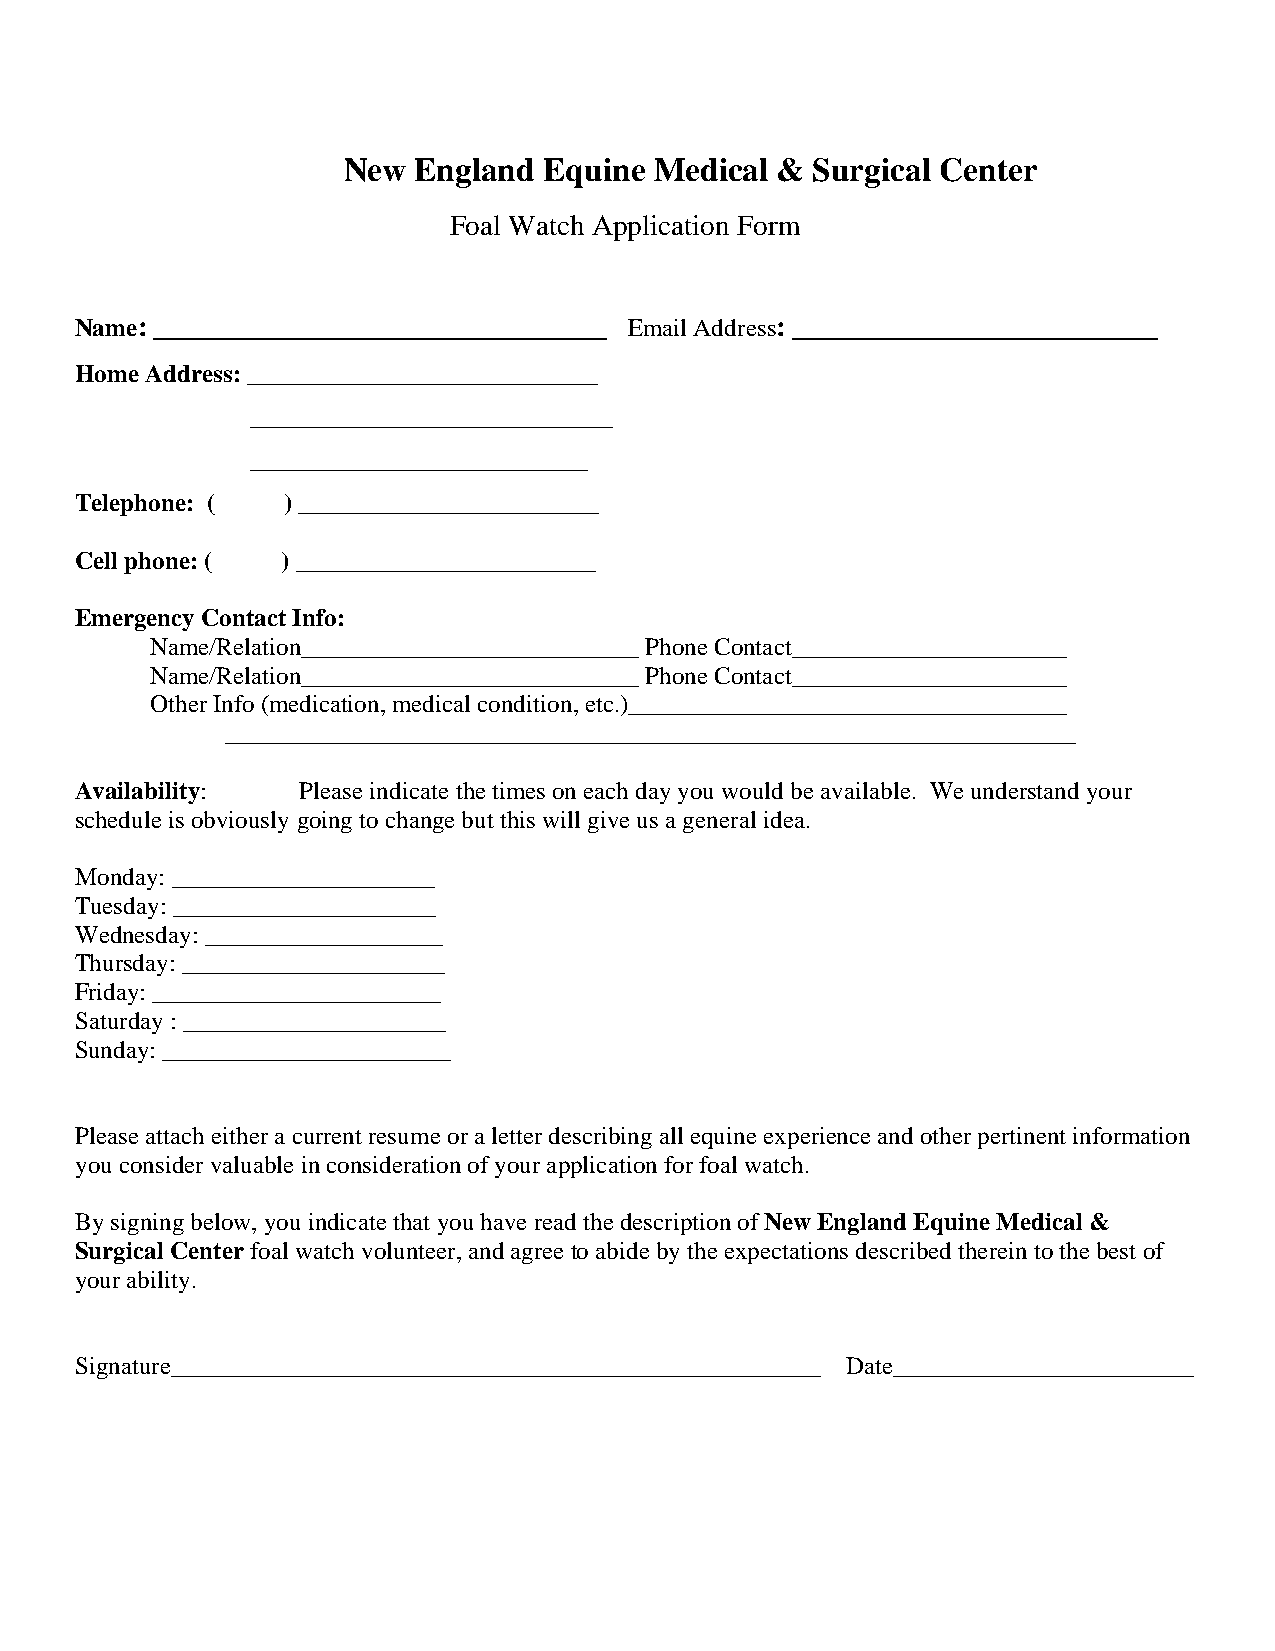
New England  Equine Medical &  Surgical Center
 Foal Watch Application Form
 Name: _______________________________ Email Address: _________________________
 Home Address: ____________________________
 _____________________________
 ___________________________
 Telephone: (  ) ________________________
 Cell phone: ( ) ________________________
 Emergency Contact Info:
 Name/Relation___________________________ Phone Contact______________________
 Name/Relation___________________________ Phone Contact______________________
 Other Info (medication, medical condition, etc.)___________________________________
 ____________________________________________________________________
 Availability:  Please indicate the times on each day you would be available. We understand your
 schedule is obviously going to change but this will give us a general idea.
 Monday: _____________________
 Tuesday: _____________________
 Wednesday: ___________________
 Thursday: _____________________
 Friday: _______________________
 Saturday : _____________________
 Sunday: _______________________
 Please attach either a current resume or a letter describing all equine experience and other pertinent information
 you consider valuable in consideration of your application for foal watch.
 By signing below, you indicate that you have read the description of New England Equine Medical &
 Surgical Center foal watch volunteer, and agree to abide by the expectations described therein to the best of
 your ability.
 Signature____________________________________________________ Date________________________